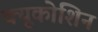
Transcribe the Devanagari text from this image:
क्यूकोशिन